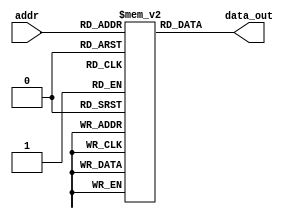
`timescale 1ns / 1ps

module ROM (input [5:0] addr, output [33:0] data_out);

reg [33:0] mem [0:63];
assign data_out = mem[addr];

initial begin
    mem[0] = 34'b0000000000001100000111110100000000;
    mem[1] = 34'b0000000000011100000001111000000000;
    mem[2] = 34'b0000000000101100001100100100000000;
    mem[3] = 34'b0000000110101001100000000000000000;
    mem[4] = 34'b0000001010111001110000000000000000;
    mem[5] = 34'b1010101111001000000000000000000000;
    mem[6] = 34'b1100000000111010000000000010111011;
end

endmodule